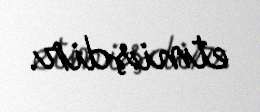
etmişdir.